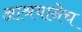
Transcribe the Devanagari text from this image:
आश्रयानेच